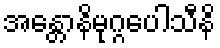
အန္တောနိမုဂ္ဂပေါသီနိ